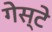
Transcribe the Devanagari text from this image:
गेस्टे